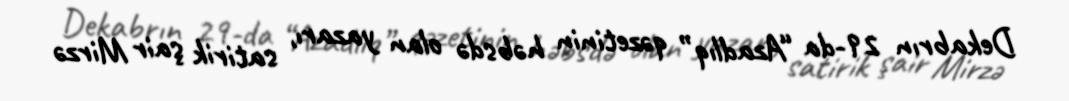
Dekabrın 29-da “Azadlıq” qəzetinin həbsdə olan yazarı, satirik şair Mirzə